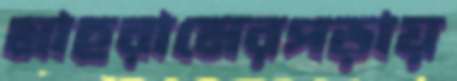
মাহরামেরপড়ায়